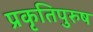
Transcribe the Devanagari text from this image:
प्रकृतिपुरुष